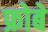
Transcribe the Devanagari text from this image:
फ्रोबे